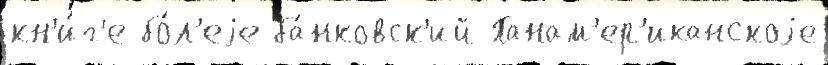
кн'и́г'е бо́л'еjе ба́нковск'ий Панам'ер'иканскоjе